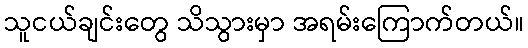
သူငယ်ချင်းတွေ သိသွားမှာ အရမ်းကြောက်တယ်။